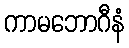
ကာမဘောဂီနံ